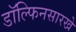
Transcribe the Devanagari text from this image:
डॉल्फिनसारखे